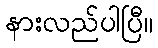
နားလည်ပါပြီ။